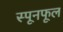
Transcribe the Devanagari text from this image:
स्पूनफूल